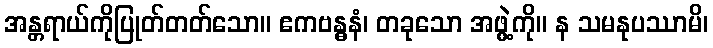
အန္တရာယ်ကိုပြုတ်တတ်သော။ ဧကဗန္ဓနံ၊ တခုသော အဖွဲ့ကို။ န သမနုပဿာမိ၊